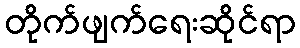
တိုက်ဖျက်ရေးဆိုင်ရာ